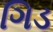
ગિડ